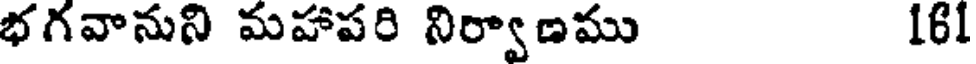
భగవానుని మహాపరి నిర్వాణము 161